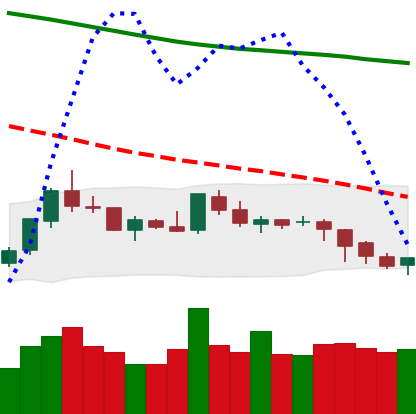
Ticker: LTC-USD
Chart end date: 2018-08-03
Forward return: -19.404%
Label: down_7plus